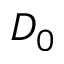
D _ { 0 }